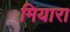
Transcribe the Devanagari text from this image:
मियारा